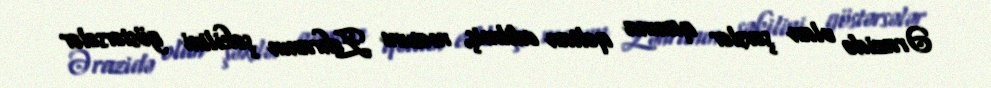
Ərazidə olan şəxslər qanına qəltan edilmiş, məsum Zəhranın şəkilini göstərsələr